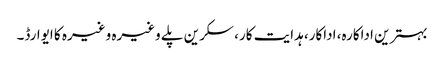
بہترین اداکارہ، اداکار، ہدایت کار، سکرین پلے وغیرہ وغیرہ کا ایوارڈ۔